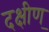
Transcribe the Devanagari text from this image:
दक्षीण्